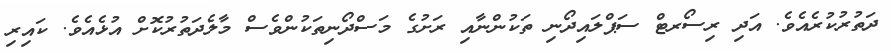
ދަތުރުކުރެއެވެ. އަދި ރިސޯރޓް ސަޕްލައިދޯނި ތަކުންނާއި ރަށުގެ މަސްދޯނިތަކުންވެސް މާލެދަތުރުކޮށް އުޅެއެވެ. ކައިރި